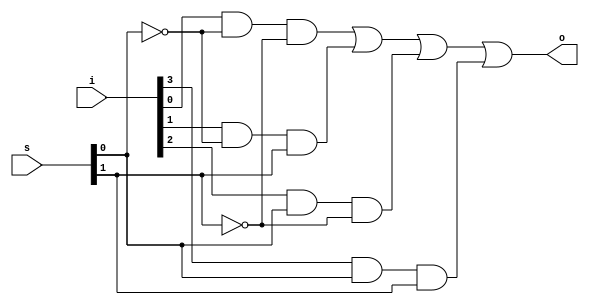
`timescale 1ns / 1ps


//20E126 NAVEEN M//


module TASKFIVE(
    i,s,o);
input[3:0]i;
input[1:0]s;
output o;
assign o=((i[0]&~s[0]&~s[1])|(i[1]&~s[0]&s[1])|(i[2]&s[0]&~s[1])|(i[3]&s[0]&s[1]));


endmodule